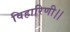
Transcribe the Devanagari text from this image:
विहारिणी।।